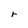
Character: r